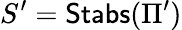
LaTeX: S^{\prime}=\textsf{Stabs}(\Pi^{\prime})